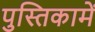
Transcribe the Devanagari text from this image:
पुस्‍तिकामें